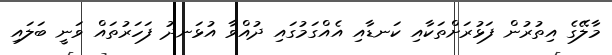
މާލޭގެ އިތުރުން ފަޅުރަށްތަކާއި ކަނޑާއި އެއްގަމުގައި ދުއްވާ އުޅަނދު ފަހަރުތައް ވަނީ ބަލައި